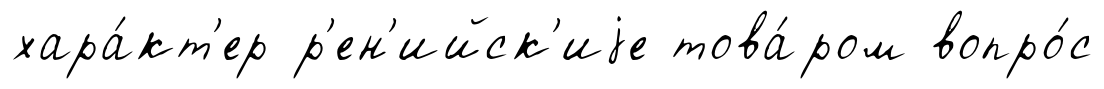
хара́кт'ер р'ен'ийск'иjе това́ром вопро́с